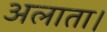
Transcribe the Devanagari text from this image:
अलाता।